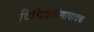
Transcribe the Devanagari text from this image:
विचित्रवीणावादक